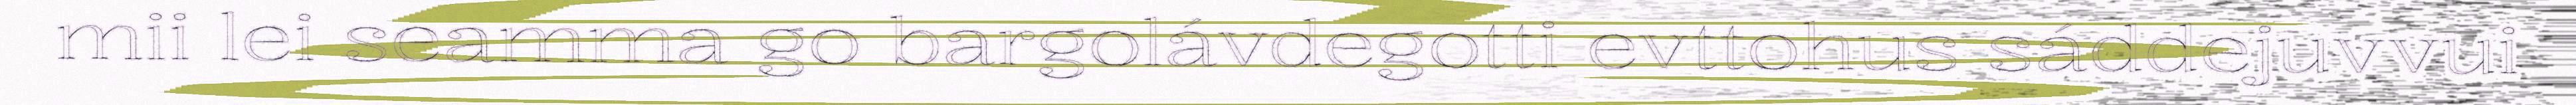
mii lei seamma go bargolávdegotti evttohus sáddejuvvui